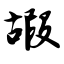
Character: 嘏